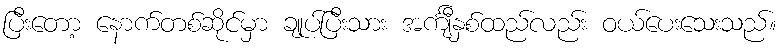
ပြီးတော့ နောက်တစ်ဆိုင်မှာ ချုပ်ပြီးသား အင်္ကျီနှစ်ထည်လည်း ဝယ်ပေးသေးသည်။